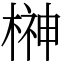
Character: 榊